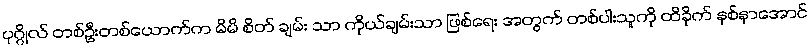
ပုဂ္ဂိုလ် တစ်ဦးတစ်ယောက်က မိမိ စိတ် ချမ်း သာ ကိုယ်ချမ်းသာ ဖြစ်ရေး အတွက် တစ်ပါးသူကို ထိခိုက် နစ်နာအောင်